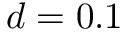
d = 0 . 1